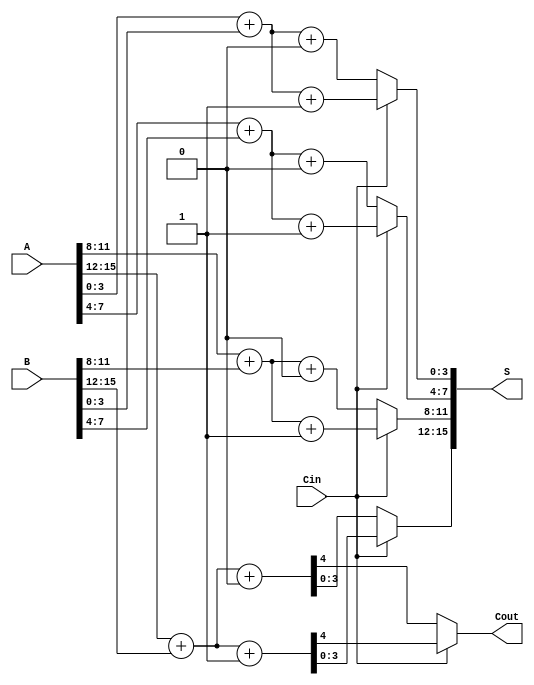
module CarrySelectAdder #(parameter N = 16, BLOCK_SIZE = 4) (
    input  [N-1:0] A,      // First n-bit input
    input  [N-1:0] B,      // Second n-bit input
    input         Cin,      // Carry-in
    output [N-1:0] S,      // n-bit sum output
    output        Cout      // Carry-out
);

    localparam NUM_BLOCKS = N / BLOCK_SIZE;

    // Intermediate sums and carries
    wire [BLOCK_SIZE-1:0] S0 [0:NUM_BLOCKS-1]; // Sums when Cin = 0
    wire [BLOCK_SIZE-1:0] S1 [0:NUM_BLOCKS-1]; // Sums when Cin = 1
    wire [NUM_BLOCKS-1:0] Cout_0;               // Carry outs when Cin = 0
    wire [NUM_BLOCKS-1:0] Cout_1;               // Carry outs when Cin = 1
    wire [NUM_BLOCKS-1:0] selected_cout;       // Selected carry out
    wire [NUM_BLOCKS-1:0] carry_in;             // Carry in for each block

    // Generate carry in for each block
    assign carry_in[0] = Cin; // First block uses the actual Cin

    // Block generation
    genvar i;
    generate
        for (i = 0; i < NUM_BLOCKS; i = i + 1) begin : block
            wire [BLOCK_SIZE-1:0] A_block = A[(i+1)*BLOCK_SIZE-1 -: BLOCK_SIZE];
            wire [BLOCK_SIZE-1:0] B_block = B[(i+1)*BLOCK_SIZE-1 -: BLOCK_SIZE];

            // Calculate sum and carry for Cin = 0
            assign {Cout_0[i], S0[i]} = A_block + B_block + 1'b0;

            // Calculate sum and carry for Cin = 1
            assign {Cout_1[i], S1[i]} = A_block + B_block + 1'b1;

            // Select the carry for the next block
            if (i < NUM_BLOCKS - 1) begin
                assign carry_in[i+1] = Cin ? Cout_1[i] : Cout_0[i];
            end
        end
    endgenerate

    // Carry selection logic
    assign Cout = Cin ? Cout_1[NUM_BLOCKS-1] : Cout_0[NUM_BLOCKS-1];

    // Final sum selection
    generate
        for (i = 0; i < NUM_BLOCKS; i = i + 1) begin : sum_selection
            assign S[(i+1)*BLOCK_SIZE-1 -: BLOCK_SIZE] = Cin ? S1[i] : S0[i];
        end
    endgenerate

endmodule